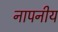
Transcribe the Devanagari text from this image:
नापनीय